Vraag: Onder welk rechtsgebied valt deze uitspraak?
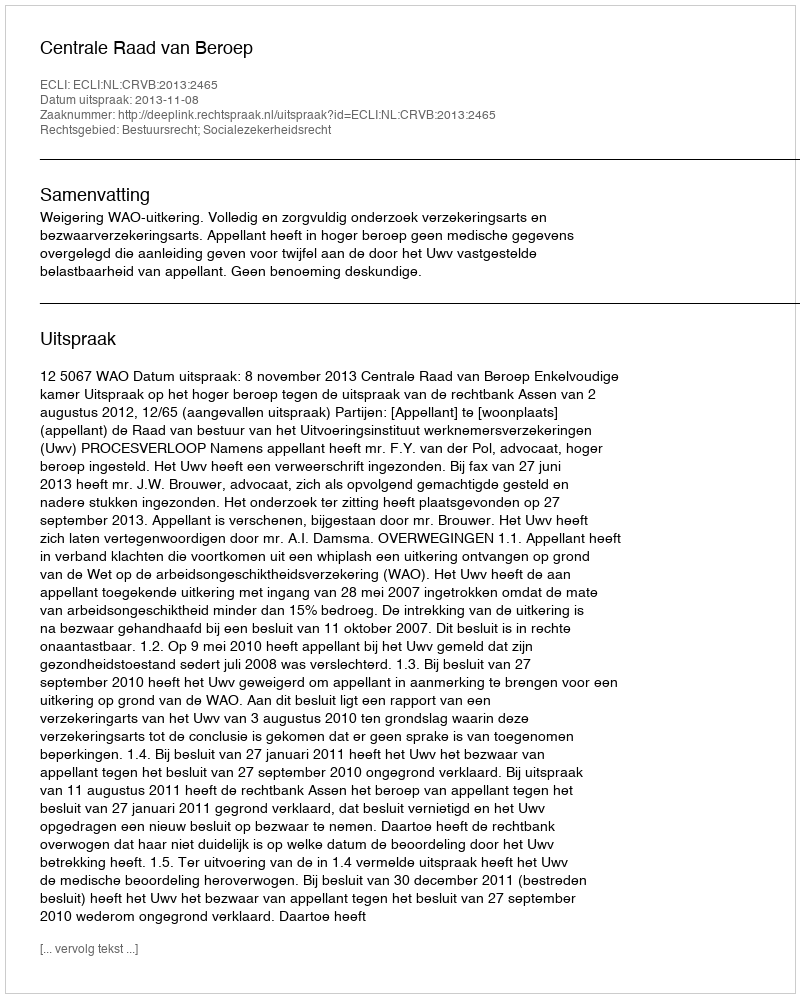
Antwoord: Bestuursrecht; Socialezekerheidsrecht